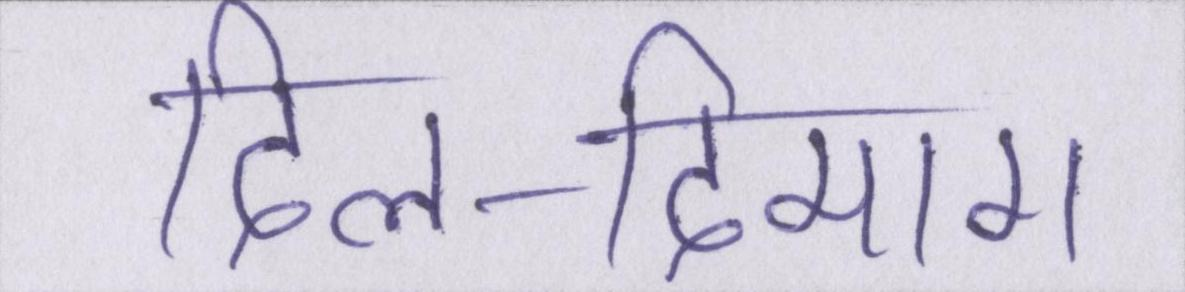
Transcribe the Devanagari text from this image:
दिल-दिमाग